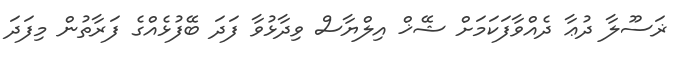
ޜަސޫލާ ދުޢާ ދެއްވާފަކަމަށް ޝޭޚް އިލްޔާސް ވިދާޅުވާ ފަދަ ބޭފުޅެއްގެ ފަރާތުން މިފަދަ